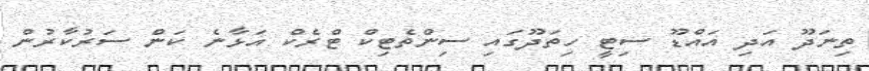
ތިނަދޫ އަދި އައްޑޫ ސިޓީ ހިތަދޫގައި ސިންތެޓިކް ޓްރެކް އަޅާނެ ކަން ސަރުކާރުން